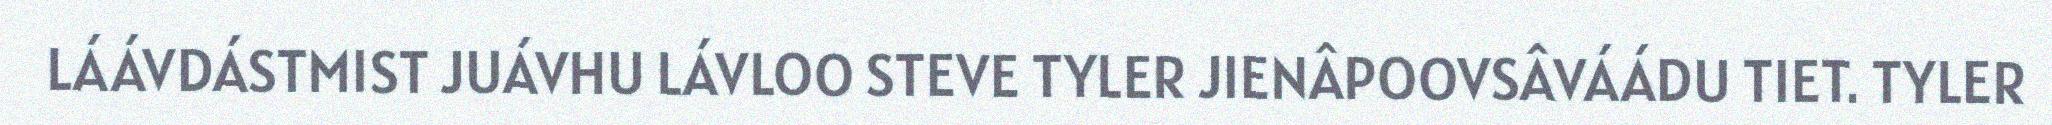
LÁÁVDÁSTMIST JUÁVHU LÁVLOO STEVE TYLER JIENÂPOOVSÂVÁÁDU TIET. TYLER